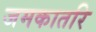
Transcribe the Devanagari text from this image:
जमकातरि